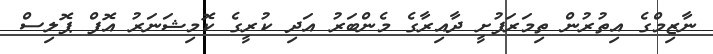
ނާޒިމްގެ އިތުރުން ތިމަރަފުށީ ދާއިރާގެ މެންބަރު އަދި ކުރީގެ ކޮމިޝަނަރު އޮފް ޕޮލިސް